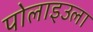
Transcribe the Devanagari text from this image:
पोलाइउला